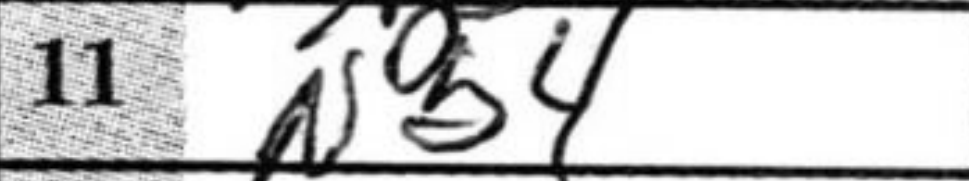
Transcription: Nb4